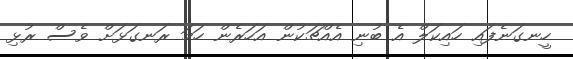
ހީނގަނެފައި ހައިކަލް އެ ބުނި އެއްޗަކުން އަހަރެން ހަމަ ރަނގަޅަށް ވެސް ރުޅި